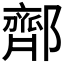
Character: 𬪜